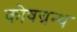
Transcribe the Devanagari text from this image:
कोषग्रन्थ